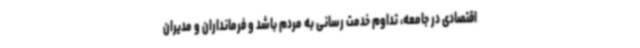
اقتصادی در جامعه، تداوم خدمت رسانی به مردم باشد و فرمانداران و مدیران